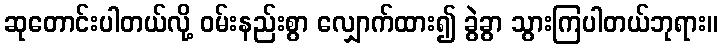
ဆုတောင်းပါတယ်လို့ ဝမ်းနည်းစွာ လျှောက်ထား၍ ခွဲခွာ သွားကြပါတယ်ဘုရား။